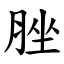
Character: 脞